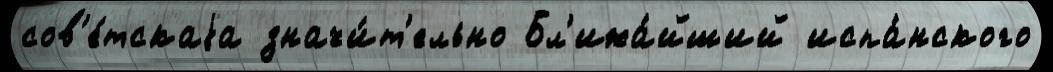
сов'е́тскаjа значи́т'ельно Бл'ижа́йший испа́нского